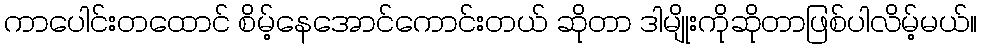
ကာပေါင်းတထောင် စိမ့်နေအောင်ကောင်းတယ် ဆိုတာ ဒါမျိုးကိုဆိုတာဖြစ်ပါလိမ့်မယ်။